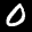
Label: 0